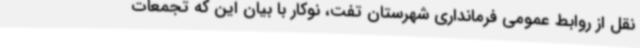
نقل از روابط عمومی فرمانداری شهرستان تفت، نوکار با بیان این که تجمعات